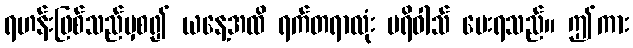
ရဟန်းဖြစ်သည်မှစ၍ ယနေ့အထိ ရက်တရာလုံး ပရိဝါသ် ပေးရသည်။ ဤကား